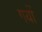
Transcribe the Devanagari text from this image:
गयों